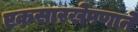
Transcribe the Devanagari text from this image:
एकसारखेपणाने